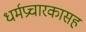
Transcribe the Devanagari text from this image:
धर्मप्रचारकासह